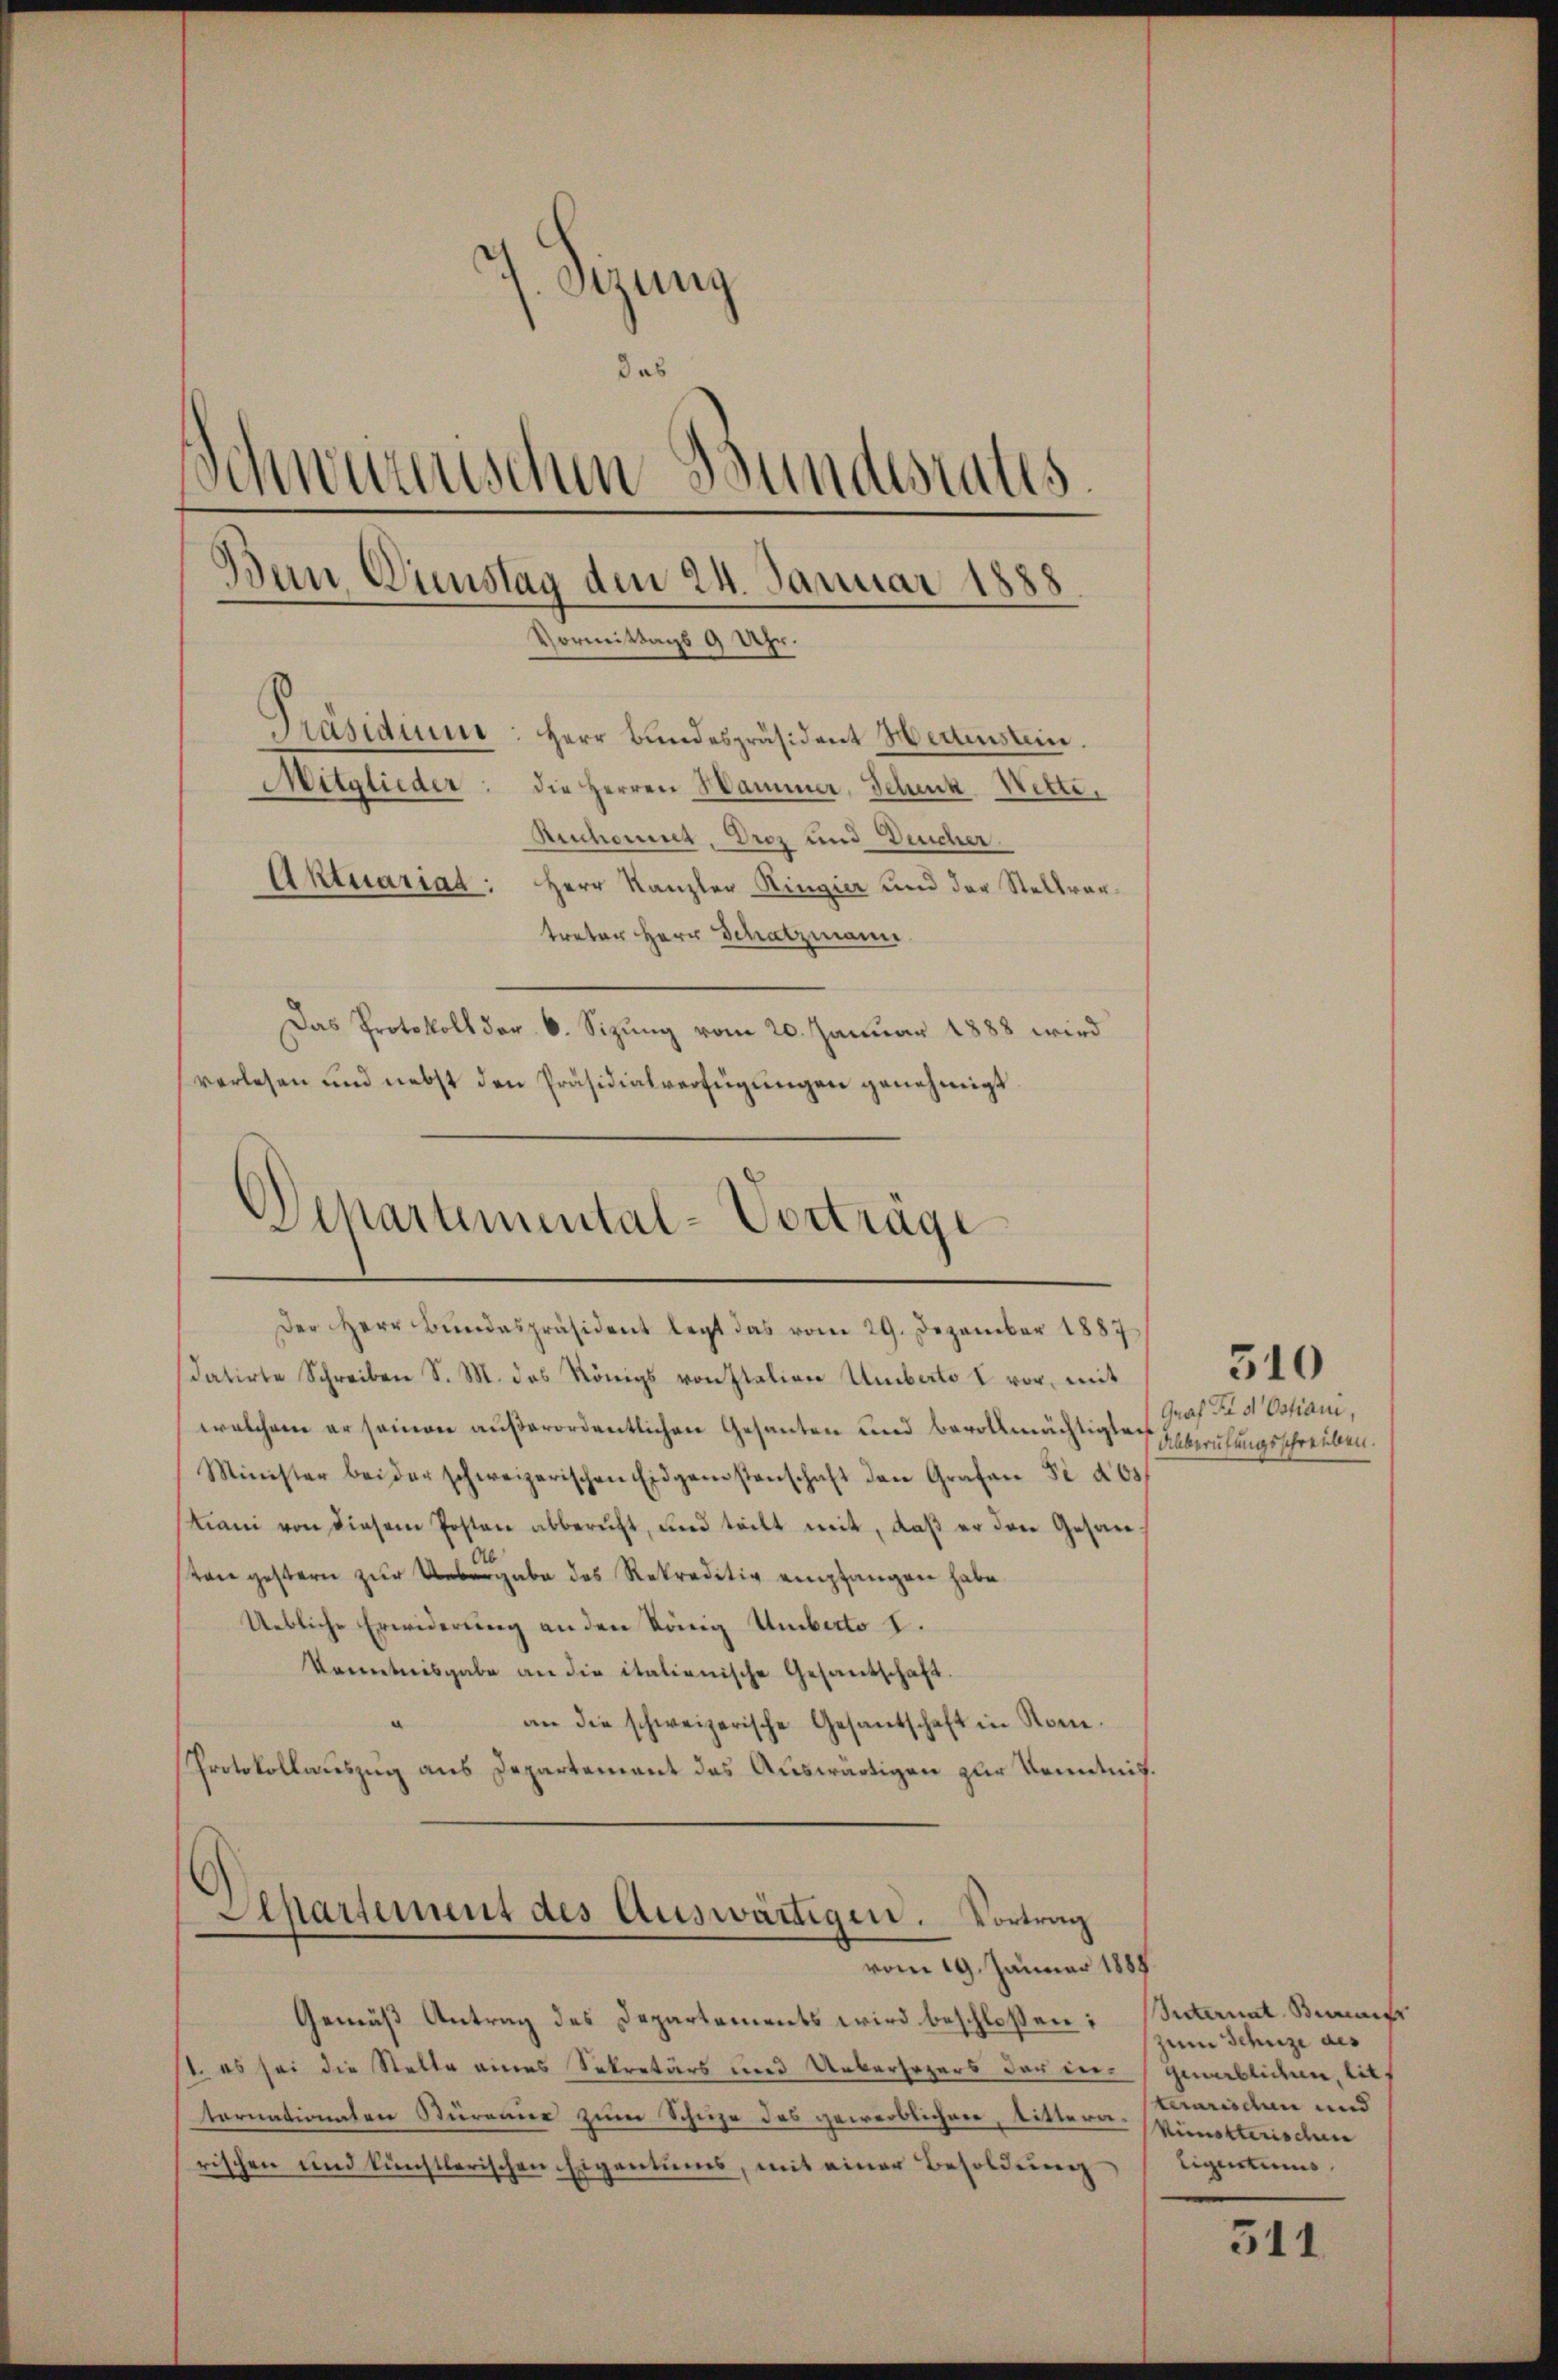
dizung
das
Schweizerischen Bundesrates.
Ban Dienstag den 24. Januar 1888
Vormittags 9 Uhr.
Präsidium: Herr Bundespräsident Hedenstein.
Mitglieder: die Herren Hammer, Schenk Wette.
Ruchornet. Droz und Deucher.
Aktuariat: Herr Kanzler Ringier und der Stellvertreter Herr Schatzmann
Das Protokoll der 6. Sizung vom 20. Januar 1888 wird
verlesen und nebst den Präsidialverfügungen genehmigt

Schartemental-Vorträge
Der Herr Bŭndespräsident legt das vom 29. Dezember 1887

datirte Schreiben S. M. das Königs von Italien Umberto I vor, mit
welchem er seinen außerordentlichen Gesanten und bevollmächtigten Heilungsschreiben.
Minister bei der schweizerischen Eidgenstenschaft den Grafen Se dos
Mani von diesem Posten abberuft, und teilt mit, daß er das Gesanton gestern zur Uebergabe des Rekreditiv empfangen habe.
Uebliche Erwiderung an den König Umberto I.
kenntnisgabe an die italienische Gesandschaft.
an die schweizerische Gesandschaft in Rone.
Protokollauszug aus Departement das Auswärtigen zur Kenntnis.

Separtement des Auswärtigen. Vortrag
vom 19. Januar 1888

Gemäß Antrag des Departements wird beschloßen: Butenat Sunaufs
st, es sei die Stelle eines Sekretärs und Uebersezers der in geweblicen, litt
tarnationalen Sturamer zum Schuze des gewerblichen, titterarischen und künstlerischen Eigentums, mit einer Besoldung

Graf Fr d Ostiani,

510

zum Schuze des
terarischen und
Rimotterischen
Eigneters

511